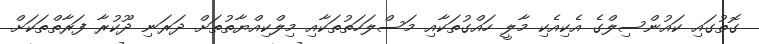
ގޮތުގައި ކައުންސިލްގެ އެކިއެކި މާލީ ހައްގުތަކާއި މަސްލަހަތުތަކާއި މިލްކިއްޔާތުތަށް ދަރަނި ދޫކުރާ ފަރާތްތަކަށް